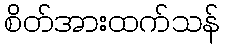
စိတ်အားထက်သန်